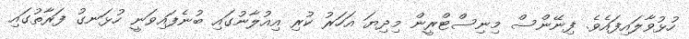
ހުޅުވާލައިފައެވެ. ފިނޭންސް މިނިސްޓްރީން މިދިޔަ އަހަރު ކުރި އިއުލާނުގައި ބުނެފައިވަނީ ހުޅަނގު ފަރާތުގައި